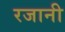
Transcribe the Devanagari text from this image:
रजानी